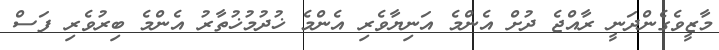
މާޒީވެގެންދަނީ ރާއްޖެ ދުށް އެންމެ އަނިޔާވެރި އެންމެ ޚުދުމުޚުތާރު އެންމެ ބިރުވެރި ފަސް